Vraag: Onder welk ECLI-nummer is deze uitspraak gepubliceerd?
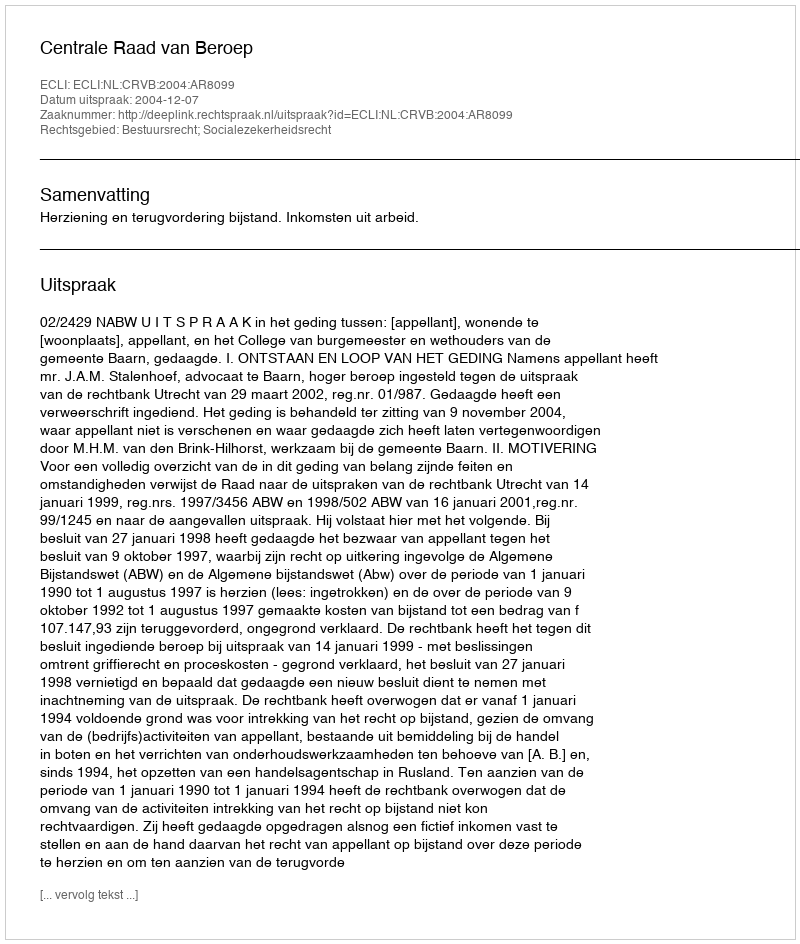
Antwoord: ECLI:NL:CRVB:2004:AR8099